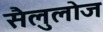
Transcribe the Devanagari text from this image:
सैलुलोज